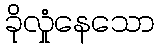
ခိုလှုံနေသော